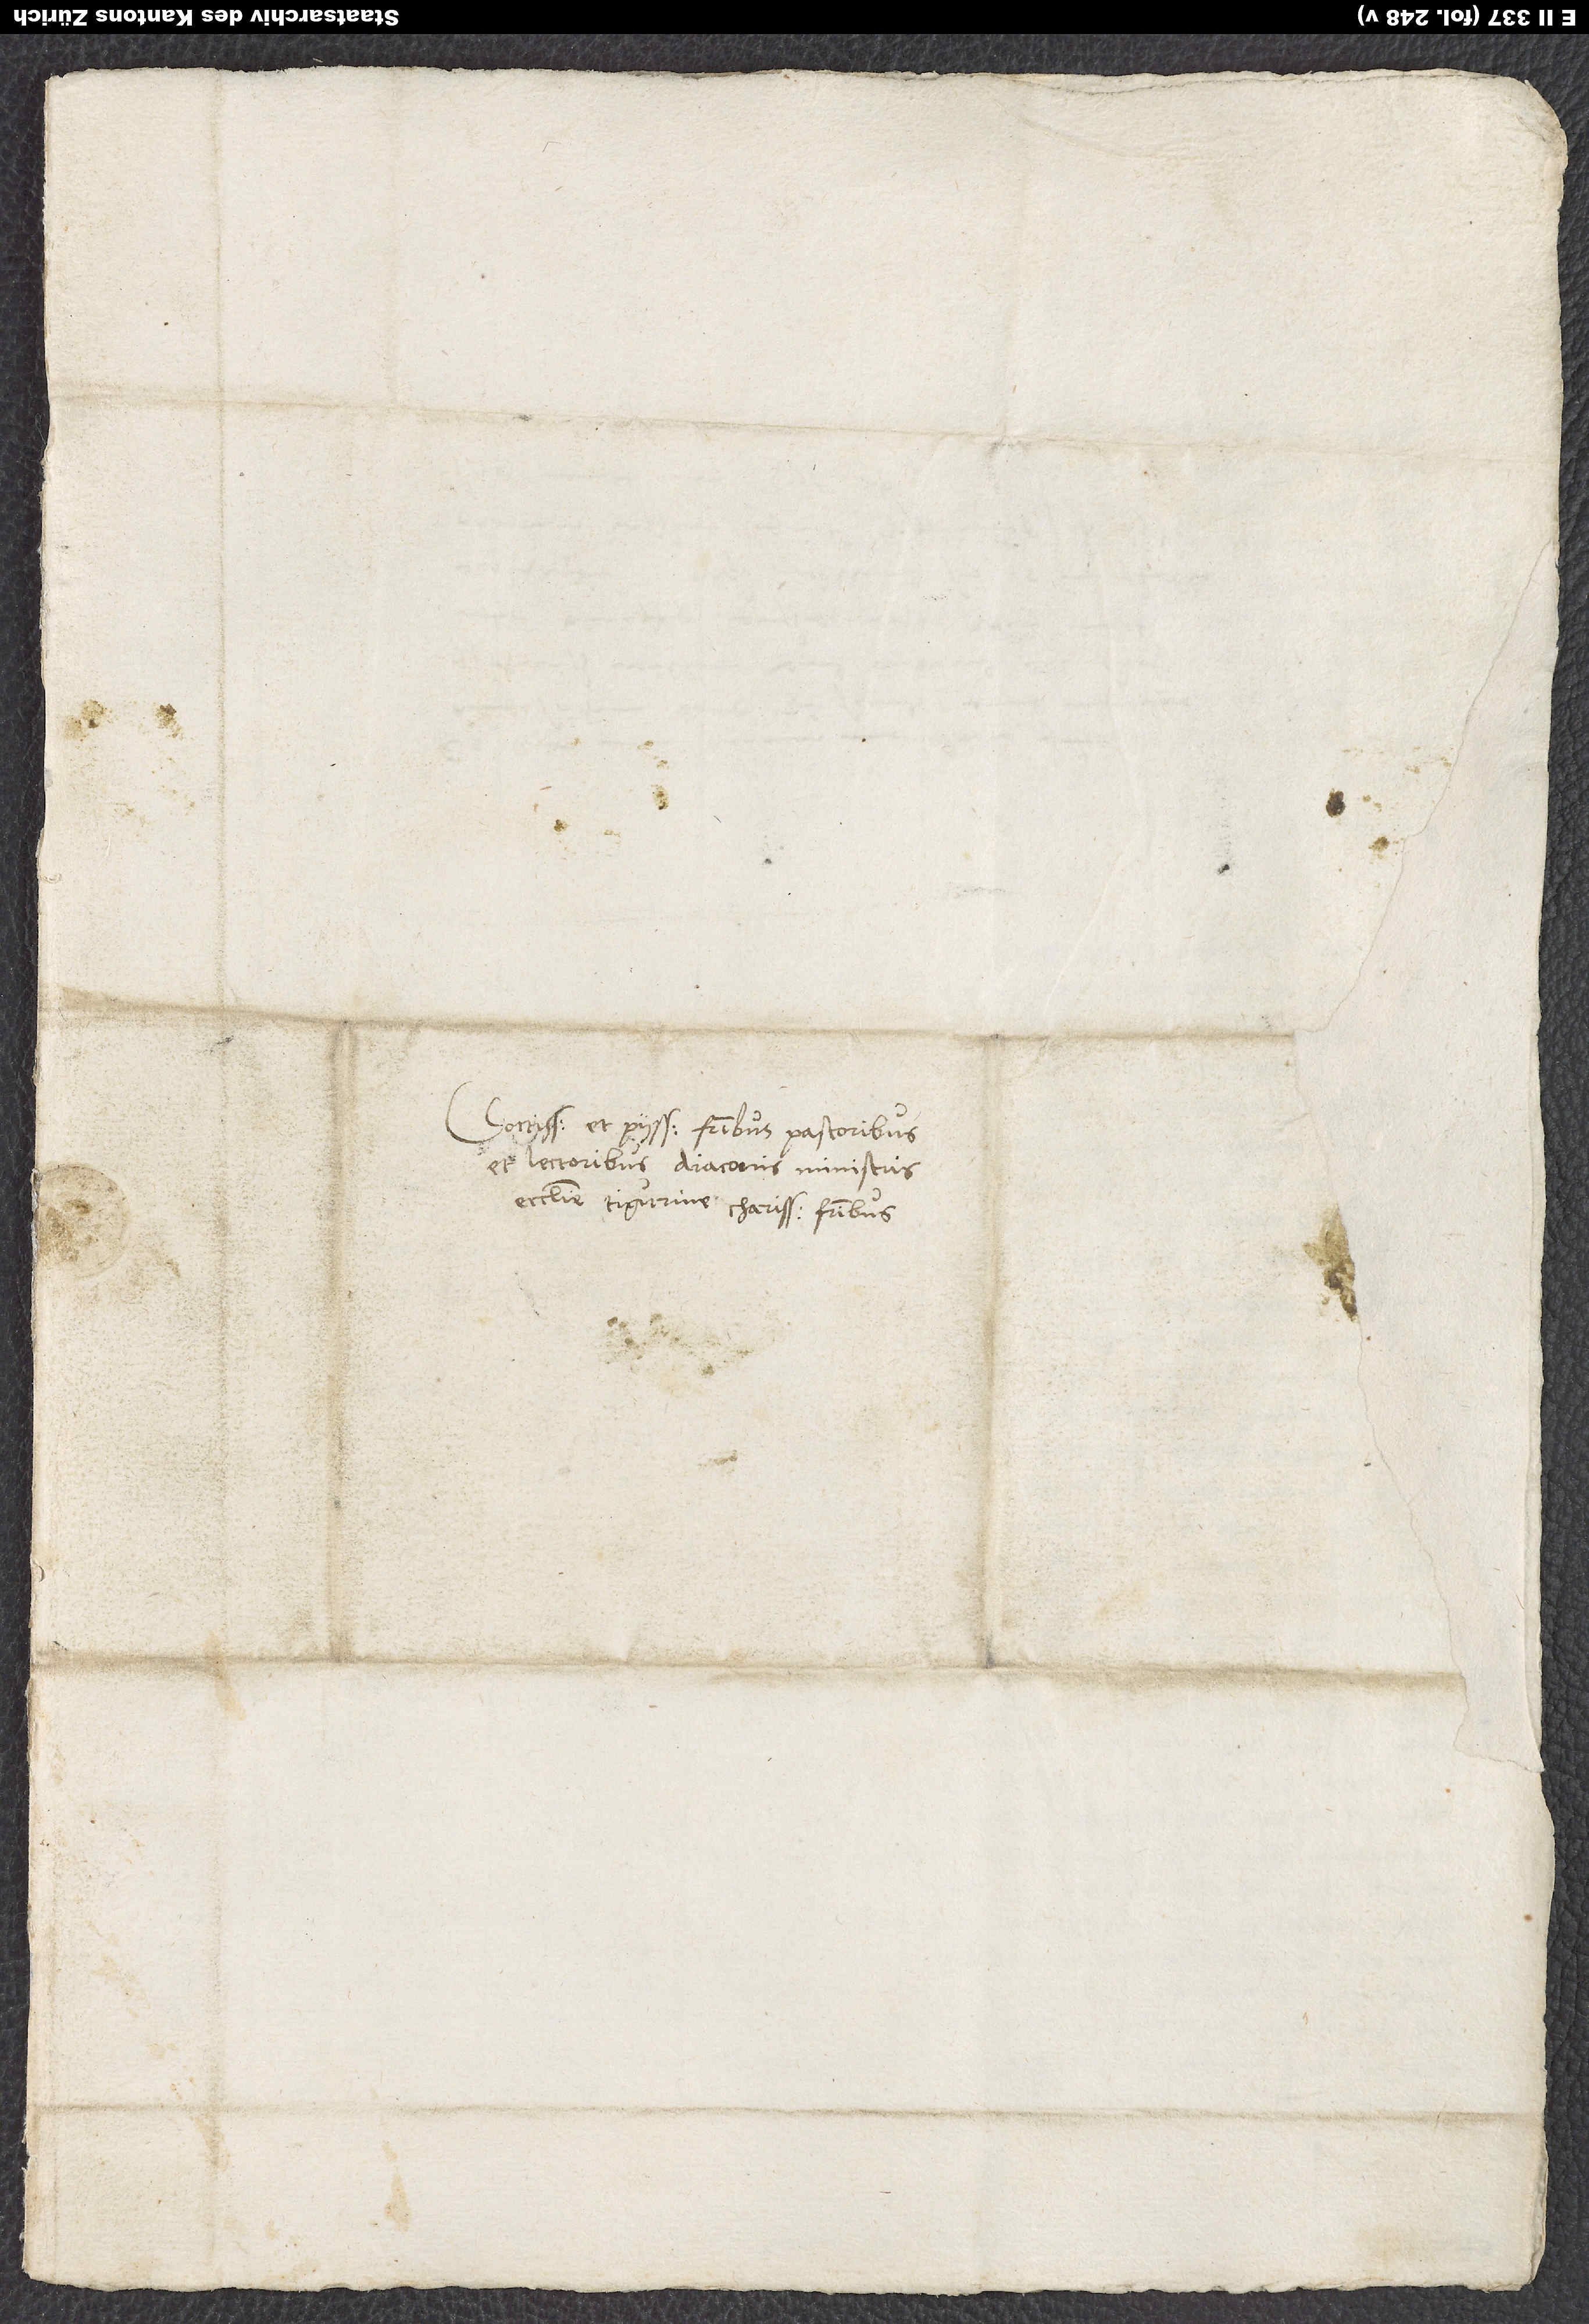
Doctissimis et piissimis fratribus pastoribus
et lectoribus, diaconis, ministris
ecclesie Tigurine, charissimis fratribus.